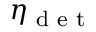
\eta _ { \textrm { d e t } }